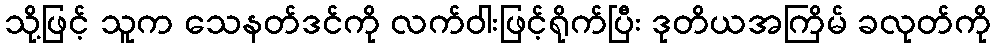
သို့ဖြင့် သူက သေနတ်ဒင်ကို လက်ဝါးဖြင့်ရိုက်ပြီး ဒုတိယအကြိမ် ခလုတ်ကို